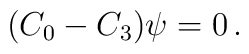
(C_0 - C_3)\psi = 0 \,.